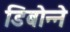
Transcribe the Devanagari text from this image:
डिबोन्ने